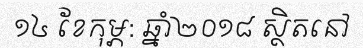
១៤ ខែកុម្ភ: ឆ្នាំ២០១៨ ស្ថិតនៅ